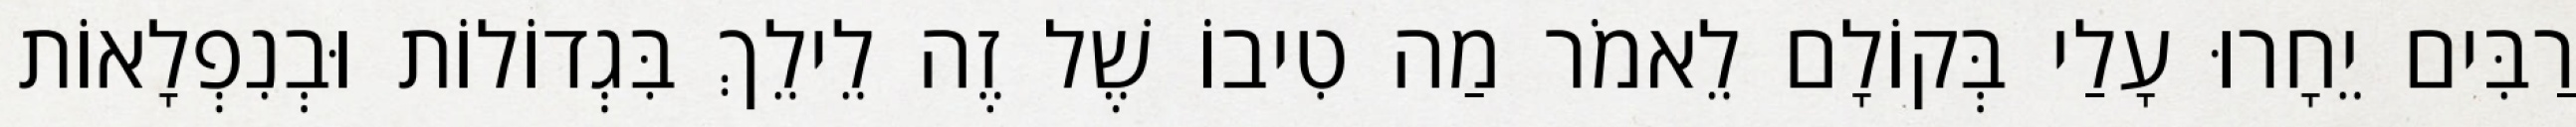
רַבִּים יֵחָרוּ עָלַי בְּקוֹלָם לֵאמֹר מַה טִיבוֹ שֶׁל זֶה לֵילֵךְ בִּגְדוֹלוֹת וּבְנִפְלָאוֹת